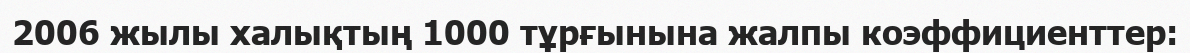
2006 жылы халықтың 1000 тұрғынына жалпы коэффициенттер: